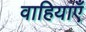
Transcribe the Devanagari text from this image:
वाहियाएँ